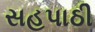
સહપાઠી